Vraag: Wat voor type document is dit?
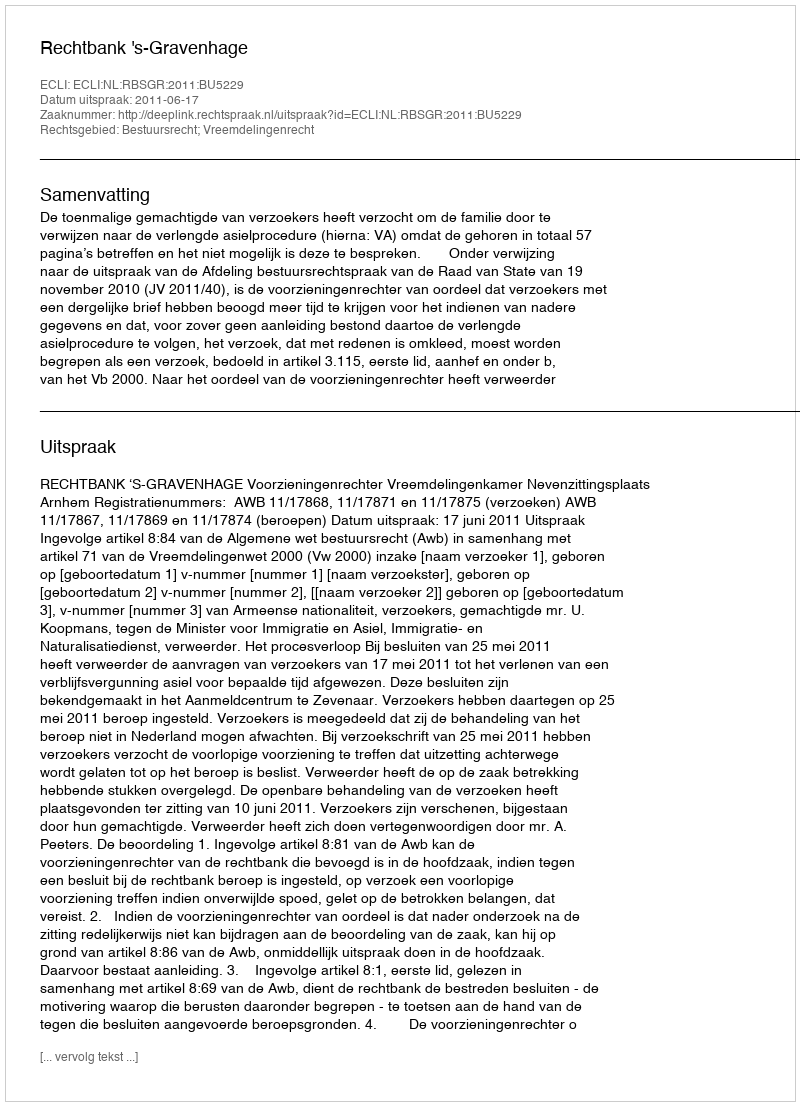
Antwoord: Uitspraak